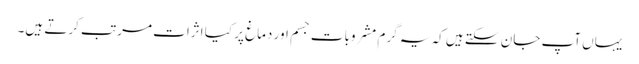
یہاں آپ جان سکتے ہیں کہ یہ گرم مشروبات جسم اور دماغ پر کیا اثرات مرتب کرتے ہیں۔